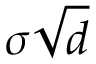
\sigma { \sqrt { d } }